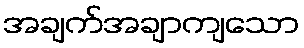
အချက်အချာကျသော